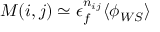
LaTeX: M ( i , j ) \simeq \epsilon _ { f } ^ { n _ { i j } } \langle \phi _ { W S } \rangle